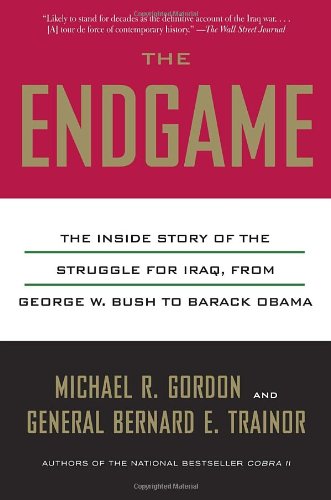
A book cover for The Endgame: The Inside Story of the Struggle for Iraq, from George W. Bush to Barack Obama; Michael R. Gordon; History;